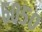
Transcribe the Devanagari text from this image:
६०५०